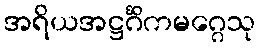
အရိယအဋ္ဌင်္ဂိကမဂ္ဂေသု